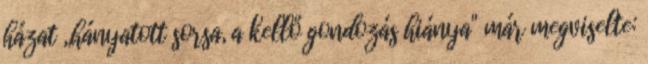
házat ,,hányatott sorsa, a kellő gondozás hiánya" már megviselte: